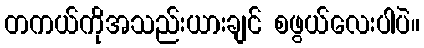
တကယ်ကိုအသည်းယားချင် စဖွယ်လေးပါပဲ။